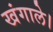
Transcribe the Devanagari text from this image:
खंगाले।